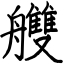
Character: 艭